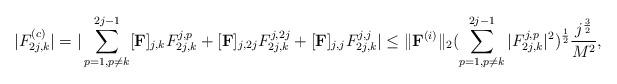
LaTeX: \begin{align*}|F_{2j,k}^{(c)}|=| \sum_{p=1, p\neq k}^{2j-1} [\bold{F}]_{j,k} F_{2j,k}^{j,p} + [\bold{F}]_{j,2j} F_{2j,k}^{j,2j}+ [\bold{F}]_{j,j} F_{2j,k}^{j,j} |\le \| \bold{F}^{(i)} \|_2(\sum_{p=1, p\neq k}^{2j-1} |F_{2j,k}^{j,p} |^2 )^{\frac{1}{2}} \frac{j^{\frac{3}{2}}}{M^2},\end{align*}